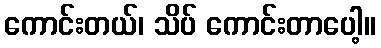
ကောင်းတယ်၊ သိပ် ကောင်းတာပေါ့။